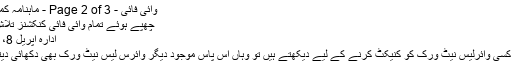
وائی فائی - Page 2 of 3 - ماہنامہ کمپیوٹنگ
چھپے ہوئے تمام وائی فائی کنکشنز تلاش کریں
ادارہ اپریل 8، 2016
جب ہم کسی وائرلیس نیٹ ورک کو کنیکٹ کرنے کے لیے دیکھتے ہیں تو وہاں آس پاس موجود دیگر وائرس لیس نیٹ ورک بھی دِکھائی دیتے ہیں۔